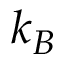
k _ { B }